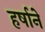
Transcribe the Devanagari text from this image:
हर्षाने